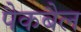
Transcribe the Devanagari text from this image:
पैकबैल